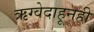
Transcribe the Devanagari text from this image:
ऋग्वेदाहूनही